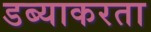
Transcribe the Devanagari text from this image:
डब्याकरता